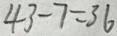
4 3 - 7 = 3 6